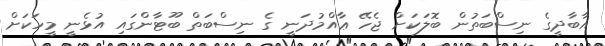
އާބާދީގެ ނިސްބަތުން ބޮލަކަށް ޖެހޭ ޢާއްމުދަނީ ގެ ނިސްބަތް ބޫޓާންގައި އުޅެނީ މީހަކަށް